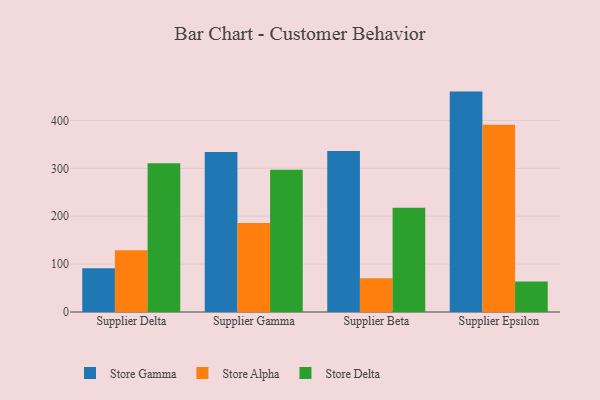
{"axis": {"x": "Supplier", "y": "Budget (USD K)"}, "legend": ["Store Alpha", "Store Delta", "Store Gamma"], "data": [{"x": "Supplier Delta", "y": 91.6, "type": "Store Gamma"}, {"x": "Supplier Delta", "y": 129.2, "type": "Store Alpha"}, {"x": "Supplier Delta", "y": 310.4, "type": "Store Delta"}, {"x": "Supplier Gamma", "y": 334.4, "type": "Store Gamma"}, {"x": "Supplier Gamma", "y": 186.0, "type": "Store Alpha"}, {"x": "Supplier Gamma", "y": 297.2, "type": "Store Delta"}, {"x": "Supplier Beta", "y": 336.5, "type": "Store Gamma"}, {"x": "Supplier Beta", "y": 70.3, "type": "Store Alpha"}, {"x": "Supplier Beta", "y": 217.5, "type": "Store Delta"}, {"x": "Supplier Epsilon", "y": 460.3, "type": "Store Gamma"}, {"x": "Supplier Epsilon", "y": 391.1, "type": "Store Alpha"}, {"x": "Supplier Epsilon", "y": 63.5, "type": "Store Delta"}]}